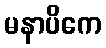
မနာပိကေ